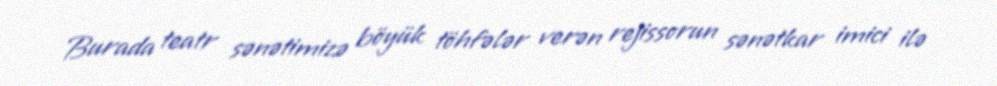
Burada teatr sənətimizə böyük töhfələr verən rejissorun sənətkar imici ilə